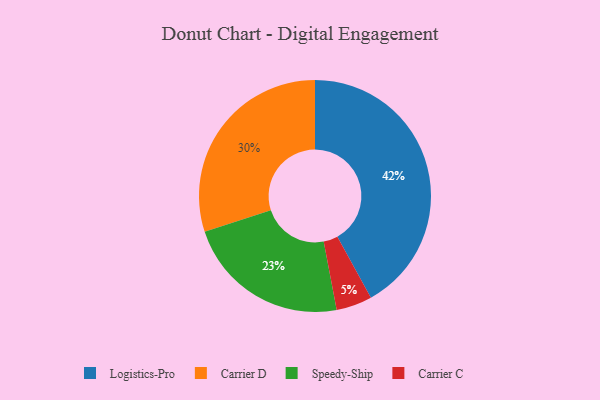
{"axis": {"x": "Category", "y": "Percentage"}, "legend": ["Carrier C", "Carrier D", "Logistics-Pro", "Speedy-Ship"], "data": [{"x": "Carrier D", "y": 30, "type": "Carrier D"}, {"x": "Speedy-Ship", "y": 23, "type": "Speedy-Ship"}, {"x": "Carrier C", "y": 5, "type": "Carrier C"}, {"x": "Logistics-Pro", "y": 42, "type": "Logistics-Pro"}]}